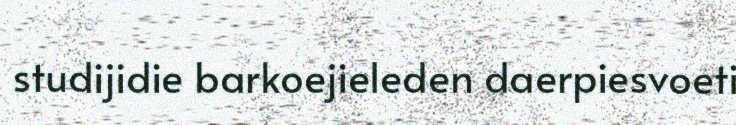
studijidie barkoejieleden daerpiesvoeti